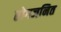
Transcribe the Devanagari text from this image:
रोगजनित